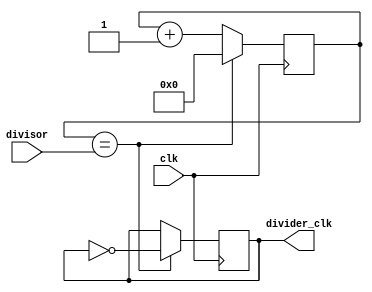
module clock_divider (
    input wire clk,
    input wire [7:0] divisor,
    output reg divider_clk
);

reg [7:0] count;

always @(posedge clk) begin
    count <= count + 1;
    if (count == divisor) begin
        divider_clk <= ~divider_clk;
        count <= 0;
    end
end

endmodule